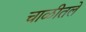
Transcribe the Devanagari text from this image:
चाळीतले